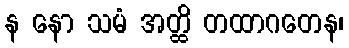
န နော သမံ အတ္ထိ တထာဂတေန၊